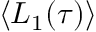
\langle L _ { 1 } ( \tau ) \rangle